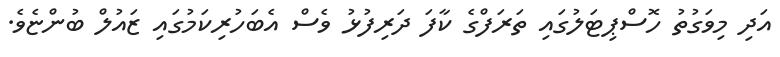
އަދި މިވަގުތު ހޮސްޕިޓަލުގައި ތަރަފްގެ ކާފަ ދަރިފުޅު ވެސް އެބަހުރިކަމުގައި ޒައުލް ބުންޏެވެ.